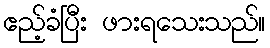
ဧည့်ခံပြီး ဖားရသေးသည်။